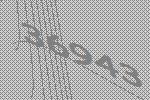
36943